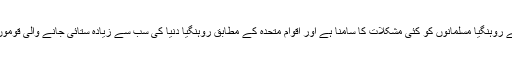
برما میں رہنے والے روہنگیا مسلمانوں کو کئی مشکلات کا سامنا ہے اور اقوامِ متحدہ کے مطابق روہنگیا دنیا کی سب سے زیادہ ستائی جانے والی قوموں میں سے ایک ہیں۔